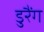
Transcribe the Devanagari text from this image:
डुरैंग